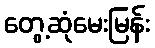
တွေ့ဆုံမေးမြန်း